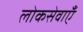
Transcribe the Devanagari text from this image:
लोकसेवाएँ